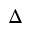
\Delta